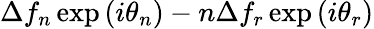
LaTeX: \Delta f_{n}\exp{(i\theta_{n})}-n\Delta f_{r}\exp{(i\theta_{r})}